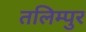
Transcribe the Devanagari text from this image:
तलिम्पुर